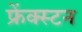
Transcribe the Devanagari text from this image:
फ्रेंक्स्टन